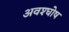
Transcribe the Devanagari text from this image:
अवश्घोष